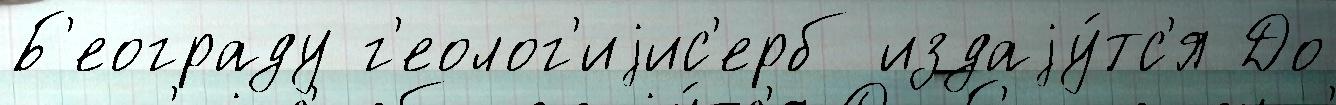
Б'еограду г'еолог'иjис'ерб издаjу́тс'я До